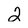
Character: 2